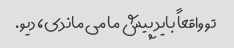
تو واقعاً باید پیش ما می ماندی، دیو.